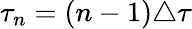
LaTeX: \tau_{n}=(n-1)\triangle\tau